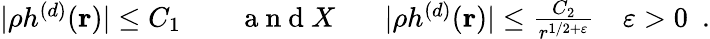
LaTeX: \begin{array}{r}{|\rho h^{(d)}({\mathbf r})|\leq C_{1}~~~~~~~~\mathrm{~a~n~d~}X~~~~~~~|\rho h^{(d)}({\mathbf r})|\leq\frac{C_{2}}{r^{1/2+\varepsilon}}~~~~\varepsilon>0~~.}\end{array}